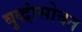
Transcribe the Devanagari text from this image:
बुद्धांसोबत